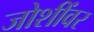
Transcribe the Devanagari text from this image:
जोशींवर